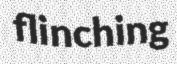
flinching